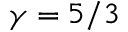
\gamma = 5 / 3